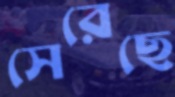
সেরেছে